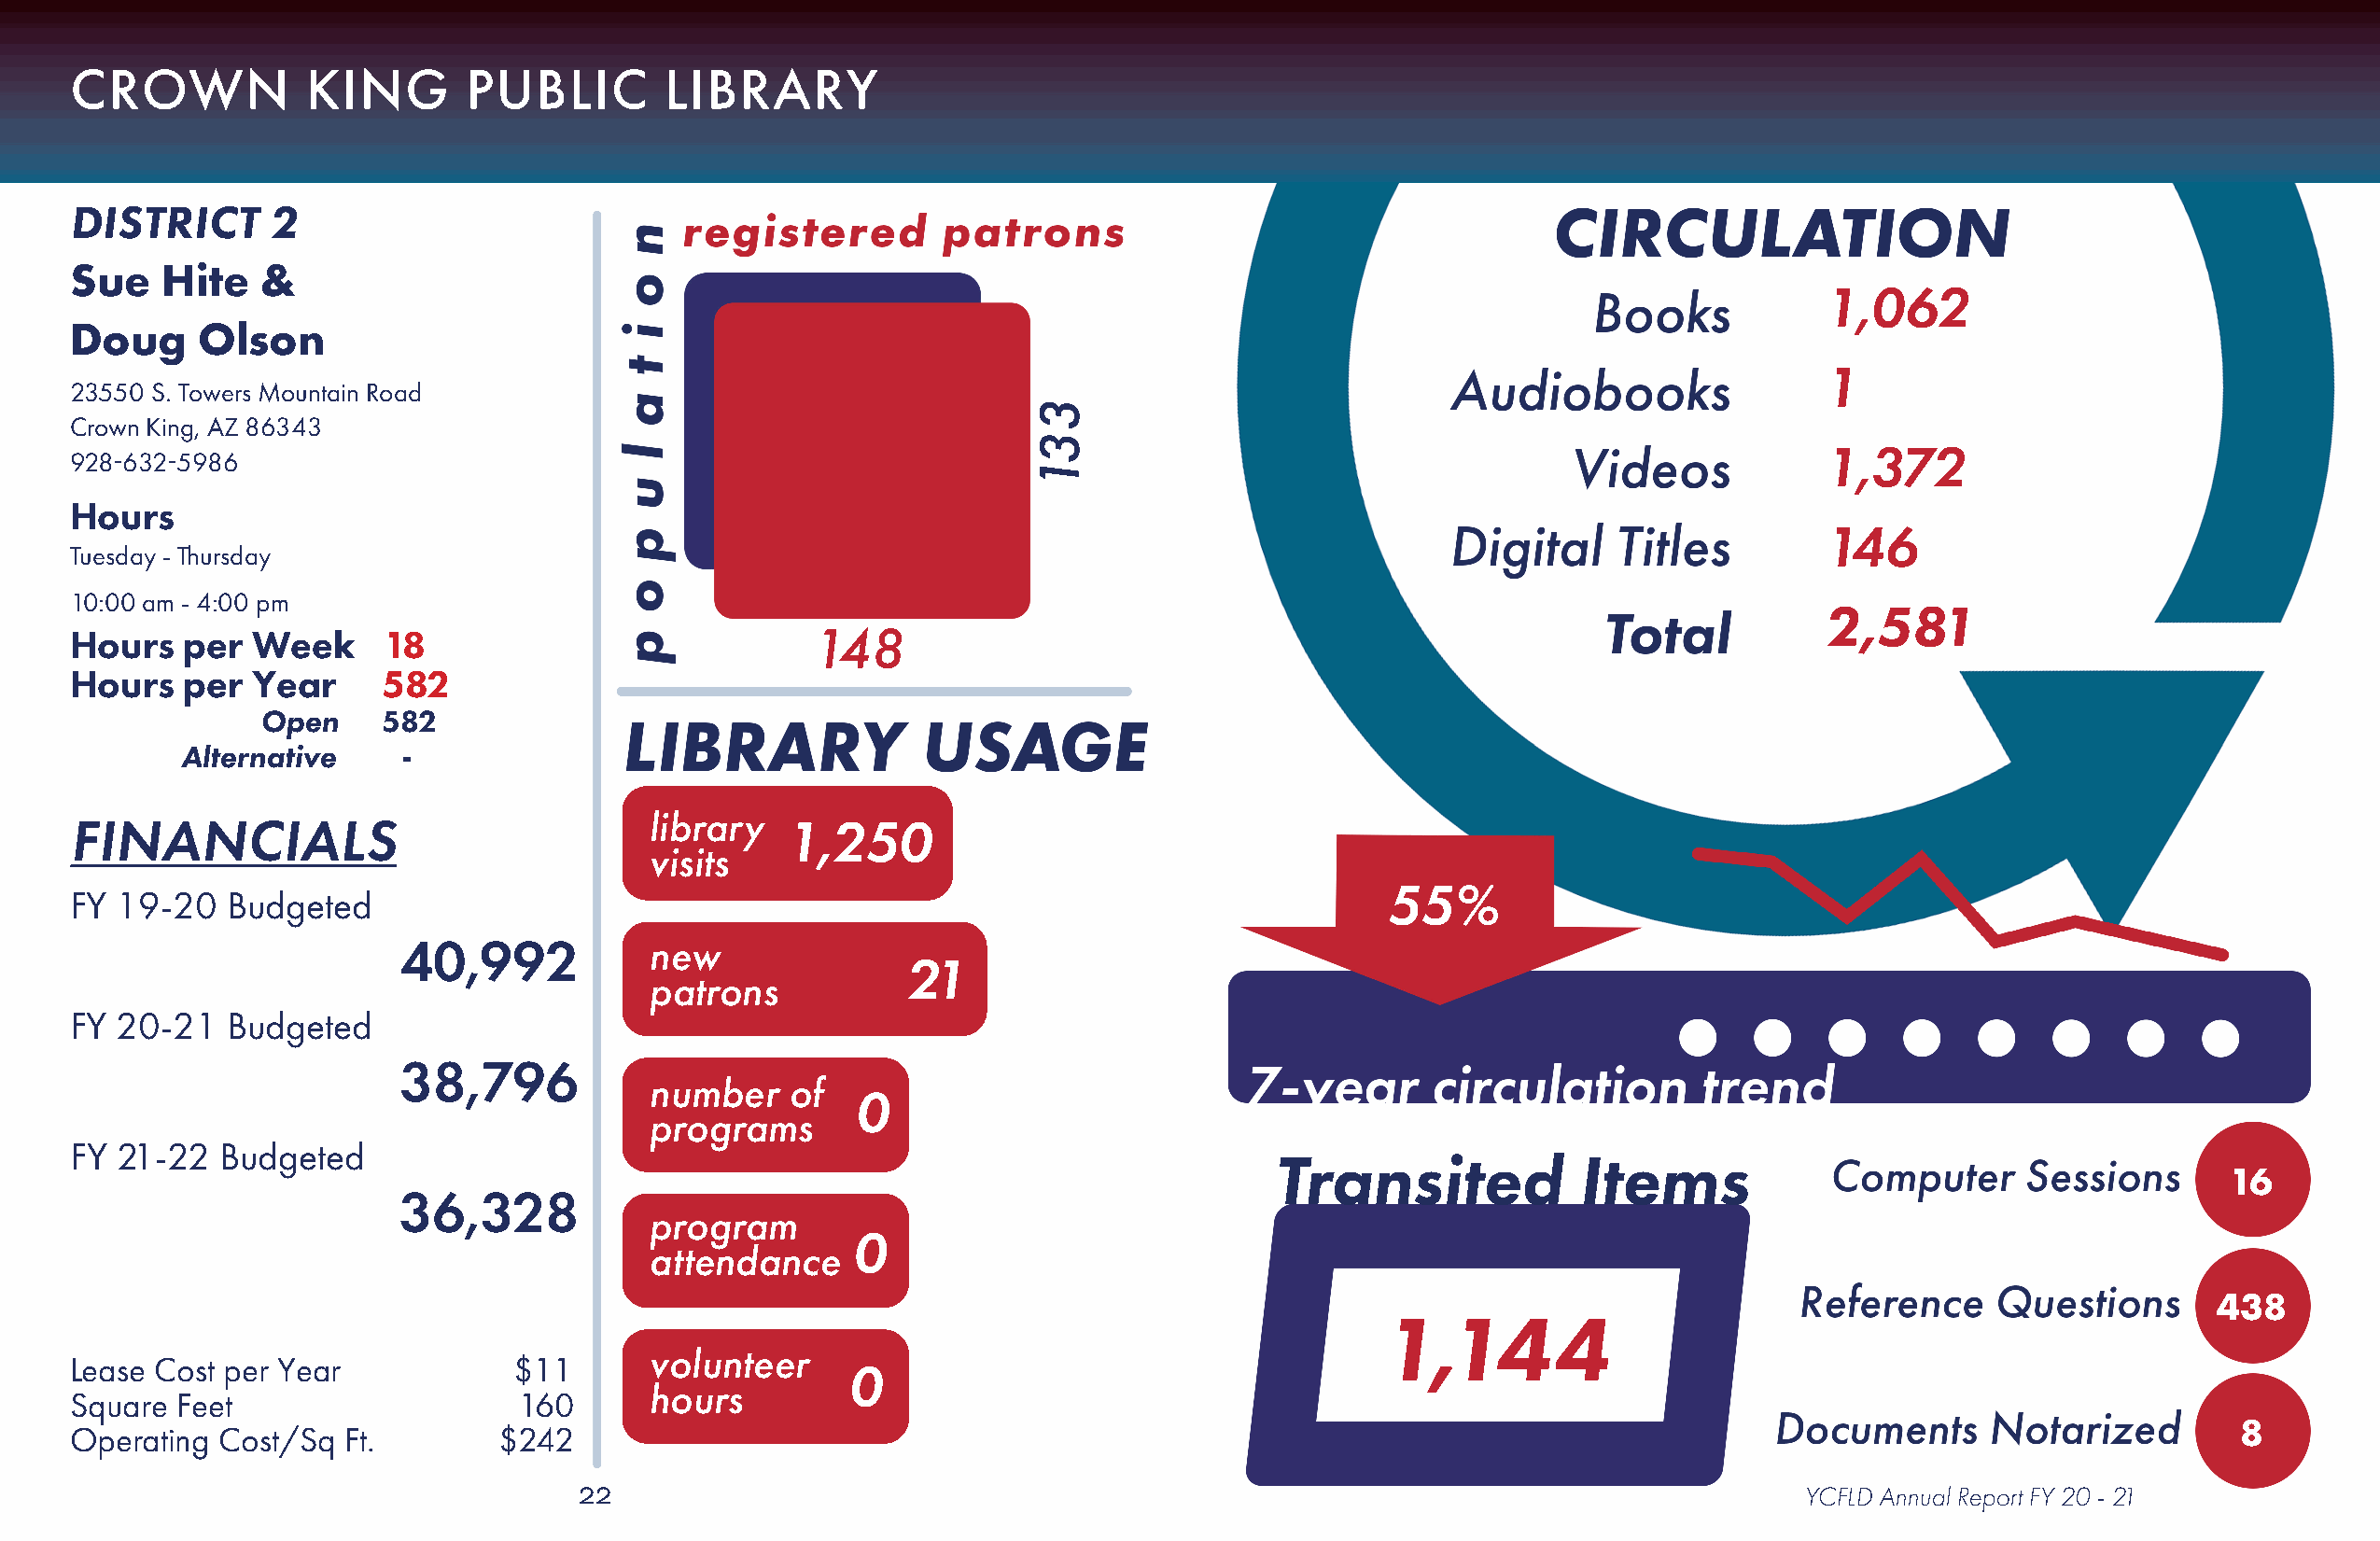
CROWN            KING       PUBLIC        LIBRARY
 DISTRICT      2
 Sue   Hite    &
 1,062
 Doug     Olson
 1
 23550 S. Towers Mountain Road
 Crown King, AZ 86343
 1,372
 928-632-5986
 Hours
 146
 Tuesday - Thursday
 10:00 am - 4:00 pm
 2,581
 Hours   per  Week     18                             148
 Hours   per  Year     582
 Open     582
 Alternative    -
 library
 FINANCIALS                                         1,250
 visits
 55%
 FY 19-20   Budgeted
 40,992            new
 21
 patrons
 FY 20-21   Budgeted
 38,796
 number    of
 0
 programs
 FY 21-22   Budgeted
 Transited             Items
 16
 36,328
 program
 0
 attendance
 438
 1,144
 volunteer
 Lease Cost per Year            $11
 0
 hours
 Square  Feet                    160
 8
 Operating  Cost/Sq Ft.        $242
 22                                                                                     YCFLD Annual Report FY 20 - 21
 331